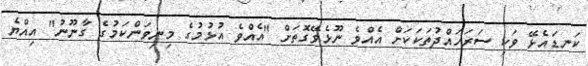
ކަނޑައެޅޭ ވަކި ސަރަހައްދުތަކަކަށް އެއްވެ ނޫޅެވޭގޮތަށް "އެއްވެ އުޅުމުގެ މިނިވަންކަމުގެ ގާނޫނު" އިއްޔެ